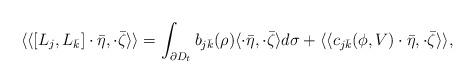
LaTeX: \begin{align*} \langle\langle [L_j,L_{\bar k}]\cdot\bar\eta,\cdot\bar\zeta\rangle\rangle =\int_{\partial D_t} b_{j\bar k}(\rho) \langle \cdot\bar\eta, \cdot\bar\zeta\rangle d \sigma+ \langle\langle c_{j\bar k}(\phi,V)\cdot\bar\eta,\cdot\bar\zeta\rangle\rangle,\end{align*}